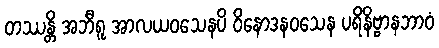
တဿန္တိ အဘီရူ အာလယဝသေနပိ ဝိနောဒနဝသေန ပရိနိဗ္ဗာနဘာဝံ